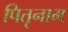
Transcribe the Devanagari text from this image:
पितृनाम